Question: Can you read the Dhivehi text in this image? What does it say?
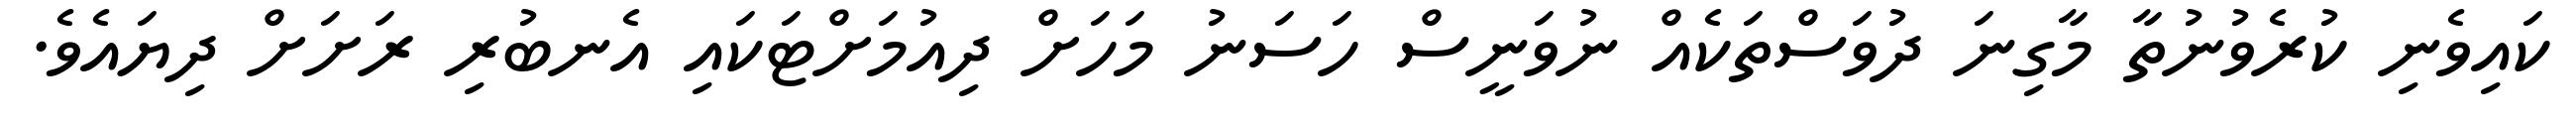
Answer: ކައިވެނި ކުރެވުނުތާ މާގިނަ ދުވަސްތަކެއް ނުވަނީސް ހަސަނު މަހަށް ދިއުމަށްޓަކައި އެނބުރި ރަށަށް ދިޔައެވެ.